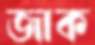
জাক